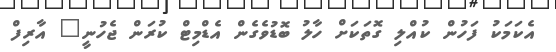
އެކަމަކު ފަހުން ކުއްލި ގޮތަކަށް ހާލު ބޮޑުވެގެން އެޑްމިޓް ކުރަން ޖެހުނީ" އާރިފް